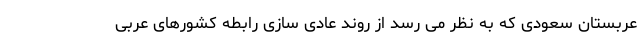
عربستان سعودی که به نظر می رسد از روند عادی سازی رابطه کشورهای عربی